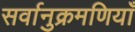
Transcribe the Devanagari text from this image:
सर्वानुक्रमणियाँ